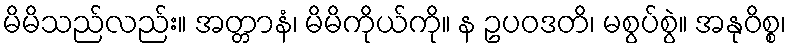
မိမိသည်လည်း။ အတ္တာနံ၊ မိမိကိုယ်ကို။ န ဥပဝဒတိ၊ မစွပ်စွဲ။ အနုဝိစ္စ၊